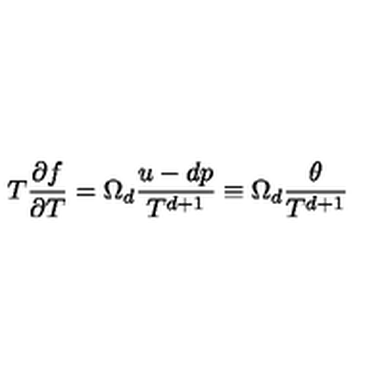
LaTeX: T \frac { \partial f } { \partial T } = \Omega _ { d } \frac { u - d p } { T ^ { d + 1 } } \equiv \Omega _ { d } \frac { \theta } { T ^ { d + 1 } }